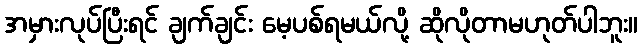
အမှားလုပ်ပြီးရင် ချက်ချင်း မေ့ပစ်ရမယ်လို့ ဆိုလိုတာမဟုတ်ပါဘူး။